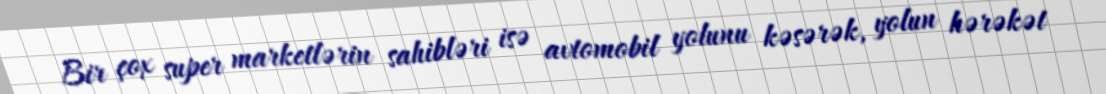
Bir çox super marketlərin sahibləri isə avtomobil yolunu kəsərək, yolun hərəkət